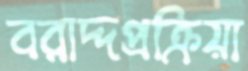
বরাদ্দপ্রক্রিয়া